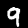
Label: 9